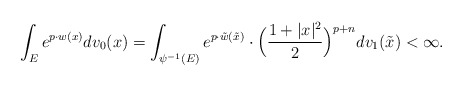
\begin{align*}\int_E e^{p\cdot w(x)}dv_0(x)=\int_{\psi^{-1}(E)}e^{p\cdot\tilde{w}(\tilde{x})}\cdot\Big(\frac{1+|x|^2}{2}\Big)^{p+n}dv_1(\tilde{x})<\infty. \end{align*}